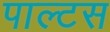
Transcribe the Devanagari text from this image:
पाल्टस